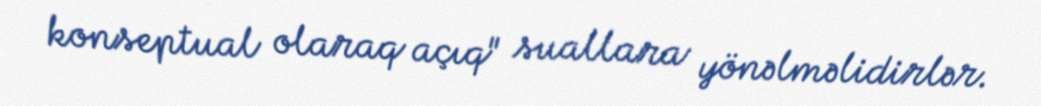
konseptual olaraq açıq" suallara yönəlməlidirlər.